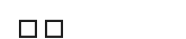
٥٠